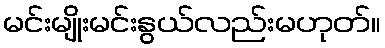
မင်းမျိုးမင်းနွယ်လည်းမဟုတ်။